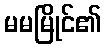
မမမြိုင်၏